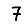
Digit: 7